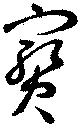
寶